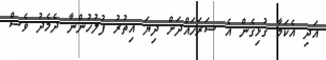
އަދި އެކަމާ ގުޅިގެން އެ ސަރަހައްދަށް ދިޔަ އިތުރު ފުލުހުންނާ ދެމެދު ވެސް